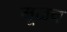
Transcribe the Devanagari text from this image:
मूळच